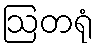
ဩတရုံ